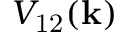
V _ { \mathrm { 1 2 } } ( \mathbf { k } )